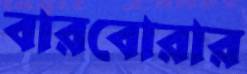
বারবোরার